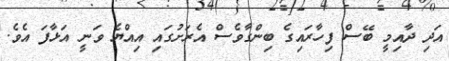
އަދި ދާއިމީ ބޭސް ފިހާރައިގެ ބިންގާވެސް އެރަށުގައި އިއްޔެ ވަނީ އަޅާފަ އެވެ.